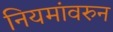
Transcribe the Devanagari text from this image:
नियमांवरुन